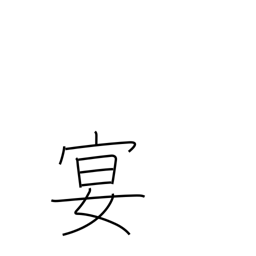
Meaning: party